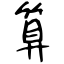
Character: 算